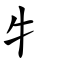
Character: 牜